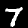
Label: 7